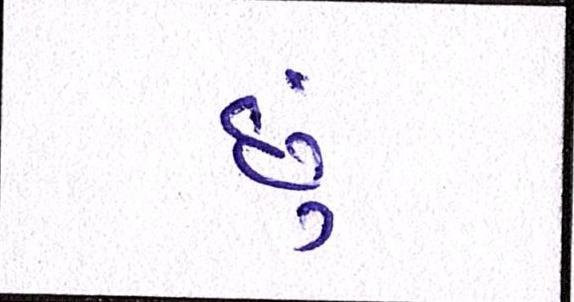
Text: છું